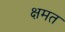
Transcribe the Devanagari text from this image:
क्षमत